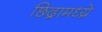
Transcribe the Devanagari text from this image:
छिद्रामध्य्रे